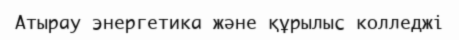
Атырау энергетика және құрылыс колледжі